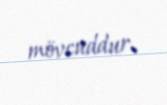
mövcuddur.